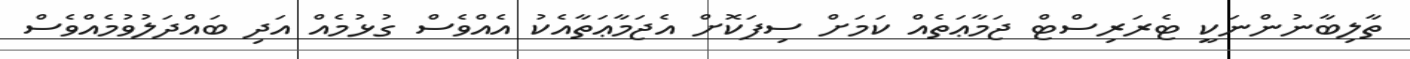
ތާލިބާނުންނަކީ ޓެރަރިސްޓް ޖަމާޢަތެއް ކަމަށް ސިފަކޮށް އެޖަމާޢަތާއެކު އެއްވެސް ގުޅުމެއް އަދި ބައްދަލުވުމެއްވެސް